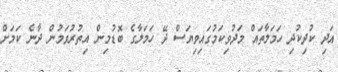
އަދި ކުދިކުދި ހަމަލާތައް މަދުވިކަމުގައިވިޔަސް ދޭ ހަމަލާގެ ބޮޑުމިން އިތުރުވަމުން ދާނެ ކަމަށް